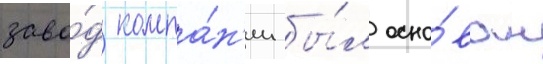
заво́д компа́н'ии бы́л осно́ван